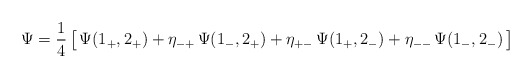
\begin{align*}\Psi={1\over 4}\,\bigl[\,\Psi(1_+,2_+)+\eta_{-+}\,\Psi(1_-,2_+)+\eta_{+-}\,\Psi(1_+,2_-) +\eta_{--}\,\Psi(1_-,2_-)\,\bigr]\end{align*}